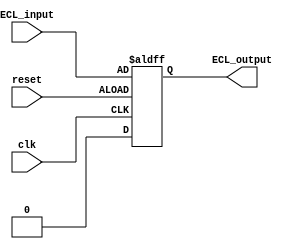
module ECL_IO_Block (
    input wire clk,
    input wire reset,
    input wire ECL_input,
    output wire ECL_output
);

// Input buffer
reg ECL_input_buffer;

// Output buffer
wire ECL_output_buffer;

// Control logic to manage data direction and timing
always @(posedge clk or negedge reset) begin
    if (reset) begin
        ECL_input_buffer <= 1'b0;
    end else begin
        ECL_input_buffer <= ECL_input;
    end
end

assign ECL_output_buffer = ECL_input_buffer;

assign ECL_output = ECL_output_buffer;

endmodule